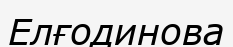
Елғодинова